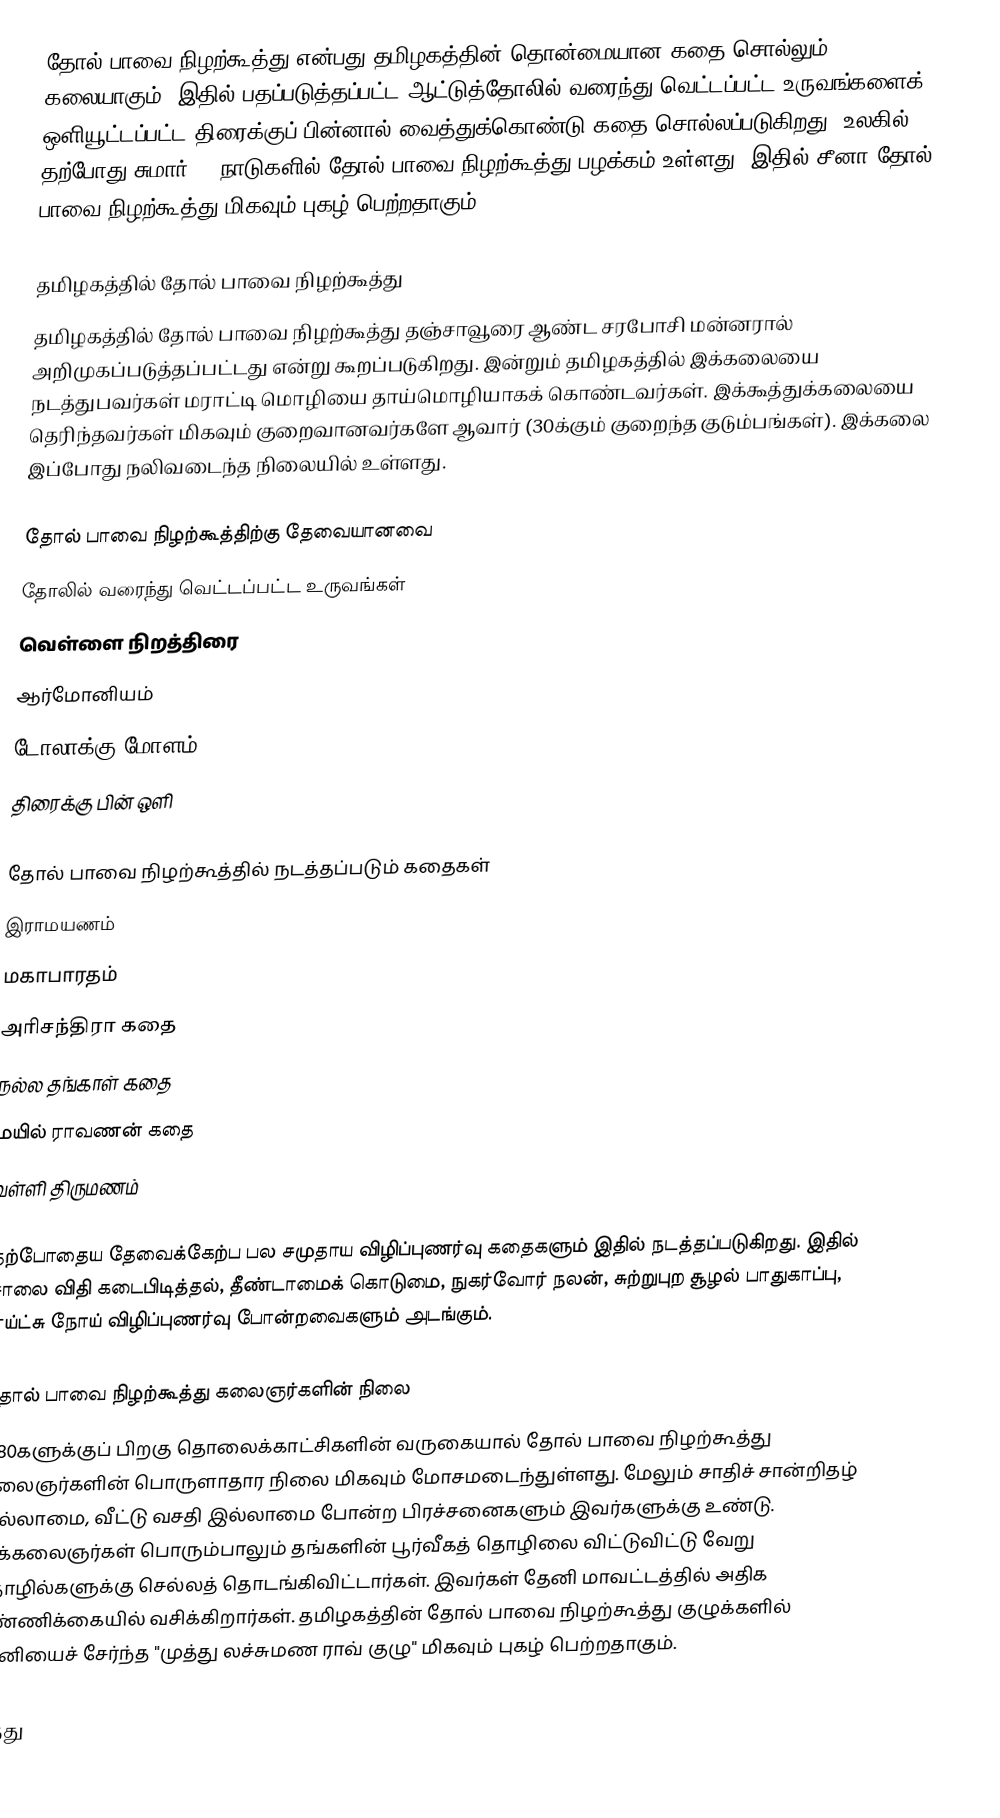
தோல் பாவை நிழற்கூத்து என்பது தமிழகத்தின் தொன்மையான கதை சொல்லும் கலையாகும். இதில் பதப்படுத்தப்பட்ட ஆட்டுத்தோலில் வரைந்து வெட்டப்பட்ட உருவங்களைக் ஒளியூட்டப்பட்ட திரைக்குப் பின்னால் வைத்துக்கொண்டு கதை சொல்லப்படுகிறது. உலகில் தற்போது சுமார் 20 நாடுகளில் தோல் பாவை நிழற்கூத்து பழக்கம் உள்ளது. இதில் சீனா தோல் பாவை நிழற்கூத்து மிகவும் புகழ் பெற்றதாகும்.

தமிழகத்தில் தோல் பாவை நிழற்கூத்து
தமிழகத்தில் தோல் பாவை நிழற்கூத்து தஞ்சாவூரை ஆண்ட சரபோசி மன்னரால் அறிமுகப்படுத்தப்பட்டது என்று கூறப்படுகிறது. இன்றும் தமிழகத்தில் இக்கலையை நடத்துபவர்கள் மராட்டி மொழியை தாய்மொழியாகக் கொண்டவர்கள். இக்கூத்துக்கலையை தெரிந்தவர்கள் மிகவும் குறைவானவர்களே ஆவார் (30க்கும் குறைந்த குடும்பங்கள்). இக்கலை இப்போது நலிவடைந்த நிலையில் உள்ளது.

தோல் பாவை நிழற்கூத்திற்கு தேவையானவை
 தோலில் வரைந்து வெட்டப்பட்ட உருவங்கள்
 வெள்ளை நிறத்திரை
 ஆர்மோனியம்
 டோலாக்கு(மோளம்)
 திரைக்கு பின் ஒளி

தோல் பாவை நிழற்கூத்தில் நடத்தப்படும் கதைகள்
 இராமயணம்
 மகாபாரதம்
 அரிசந்திரா கதை
 நல்ல தங்காள் கதை
 மயில் ராவணன் கதை
 வள்ளி திருமணம்

தற்போதைய தேவைக்கேற்ப பல சமுதாய விழிப்புணர்வு கதைகளும் இதில் நடத்தப்படுகிறது. இதில் சாலை விதி கடைபிடித்தல், தீண்டாமைக் கொடுமை, நுகர்வோர் நலன், சுற்றுபுற சூழல் பாதுகாப்பு, எய்ட்சு நோய் விழிப்புணர்வு போன்றவைகளும் அடங்கும்.

தோல் பாவை நிழற்கூத்து கலைஞர்களின் நிலை
1980களுக்குப் பிறகு தொலைக்காட்சிகளின் வருகையால் தோல் பாவை நிழற்கூத்து கலைஞர்களின் பொருளாதார நிலை மிகவும் மோசமடைந்துள்ளது. மேலும் சாதிச் சான்றிதழ் இல்லாமை, வீட்டு வசதி இல்லாமை போன்ற பிரச்சனைகளும் இவர்களுக்கு உண்டு. இக்கலைஞர்கள் பொரும்பாலும் தங்களின் பூர்வீகத் தொழிலை விட்டுவிட்டு வேறு தொழில்களுக்கு செல்லத் தொடங்கிவிட்டார்கள். இவர்கள் தேனி மாவட்டத்தில் அதிக எண்ணிக்கையில் வசிக்கிறார்கள். தமிழகத்தின் தோல் பாவை நிழற்கூத்து குழுக்களில் தேனியைச் சேர்ந்த "முத்து லச்சுமண ராவ் குழு" மிகவும் புகழ் பெற்றதாகும்.

கூத்து